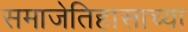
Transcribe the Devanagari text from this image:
समाजेतिहासाच्या